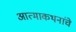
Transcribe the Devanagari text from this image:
आत्माकथनांचे